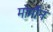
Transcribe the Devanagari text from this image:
मोर्मौन